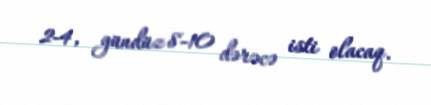
2-4, gündüz 8-10 dərəcə isti olacaq.